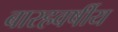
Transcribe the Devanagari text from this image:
बारहवर्षीय